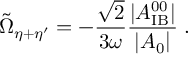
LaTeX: \tilde { \Omega } _ { \eta + \eta ^ { \prime } } = - \frac { \sqrt { 2 } } { 3 \omega } \frac { | A _ { \mathrm { I B } } ^ { 0 0 } | } { | A _ { 0 } | } \; .